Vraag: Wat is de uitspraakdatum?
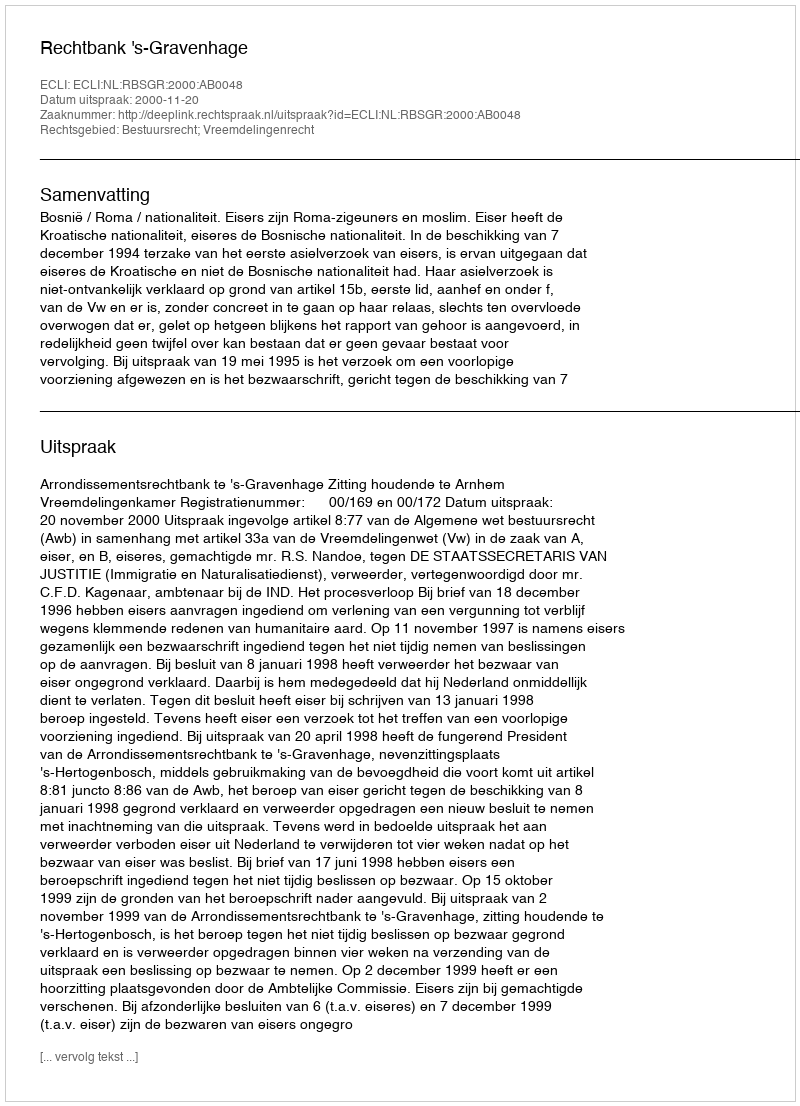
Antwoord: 2000-11-20